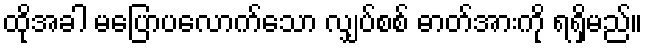
ထိုအခါ မပြောပလောက်သော လျှပ်စစ် ဓာတ်အားကို ရရှိမည်။